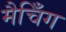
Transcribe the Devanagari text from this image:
मैचिँग